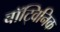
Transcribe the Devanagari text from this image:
बॉट्विनिक